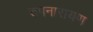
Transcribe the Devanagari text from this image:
रुपनारायण